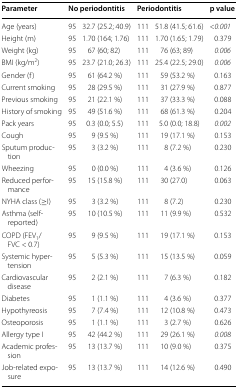
<table><thead><tr><td><b>Parameter</b></td><td colspan="2"><b>No periodontitis</b></td><td colspan="2"><b>Periodontitis</b></td><td><b>p value</b></td></tr></thead><tbody><tr><td>Age (years)</td><td>95</td><td>32.7 (25.2; 40.9)</td><td>111</td><td>51.8 (41.5; 61.6)</td><td>&lt;<i>0.001</i></td></tr><tr><td>Height (m)</td><td>95</td><td>1.70 (164; 1.76)</td><td>111</td><td>1.70 (1.65; 1.79)</td><td>0.379</td></tr><tr><td>Weight (kg)</td><td>95</td><td>67 (60; 82)</td><td>111</td><td>76 (63; 89)</td><td><i>0.006</i></td></tr><tr><td>BMI (kg/m<sup>2</sup>)</td><td>95</td><td>23.7 (21.0; 26.3)</td><td>111</td><td>25.4 (22.5; 29.0)</td><td><i>0.006</i></td></tr><tr><td>Gender (f)</td><td>95</td><td>61 (64.2 %)</td><td>111</td><td>59 (53.2 %)</td><td>0.163</td></tr><tr><td>Current smoking</td><td>95</td><td>28 (29.5 %)</td><td>111</td><td>31 (27.9 %)</td><td>0.877</td></tr><tr><td>Previous smoking</td><td>95</td><td>21 (22.1 %)</td><td>111</td><td>37 (33.3 %)</td><td>0.088</td></tr><tr><td>History of smoking</td><td>95</td><td>49 (51.6 %)</td><td>111</td><td>68 (61.3 %)</td><td>0.204</td></tr><tr><td>Pack years</td><td>95</td><td>0.3 (0.0; 5.5)</td><td>111</td><td>5.0 (0.0; 18.8)</td><td><i>0.002</i></td></tr><tr><td>Cough</td><td>95</td><td>9 (9.5 %)</td><td>111</td><td>19 (17.1 %)</td><td>0.153</td></tr><tr><td>Sputum production</td><td>95</td><td>3 (3.2 %)</td><td>111</td><td>8 (7.2 %)</td><td>0.230</td></tr><tr><td>Wheezing</td><td>95</td><td>0 (0.0 %)</td><td>111</td><td>4 (3.6 %)</td><td>0.126</td></tr><tr><td>Reduced performance</td><td>95</td><td>15 (15.8 %)</td><td>111</td><td>30 (27.0)</td><td>0.063</td></tr><tr><td>NYHA class (≥I)</td><td>95</td><td>3 (3.2 %)</td><td>111</td><td>8 (7.2)</td><td>0.230</td></tr><tr><td>Asthma (self-reported)</td><td>95</td><td>10 (10.5 %)</td><td>111</td><td>11 (9.9 %)</td><td>0.532</td></tr><tr><td>COPD (FEV<sub>1</sub>/FVC &lt; 0.7)</td><td>95</td><td>9 (9.5 %)</td><td>111</td><td>19 (17.1 %)</td><td>0.153</td></tr><tr><td>Systemic hypertension</td><td>95</td><td>5 (5.3 %)</td><td>111</td><td>15 (13.5 %)</td><td>0.059</td></tr><tr><td>Cardiovascular disease</td><td>95</td><td>2 (2.1 %)</td><td>111</td><td>7 (6.3 %)</td><td>0.182</td></tr><tr><td>Diabetes</td><td>95</td><td>1 (1.1 %)</td><td>111</td><td>4 (3.6 %)</td><td>0.377</td></tr><tr><td>Hypothyreosis</td><td>95</td><td>7 (7.4 %)</td><td>111</td><td>12 (10.8 %)</td><td>0.473</td></tr><tr><td>Osteoporosis</td><td>95</td><td>1 (1.1 %)</td><td>111</td><td>3 (2.7 %)</td><td>0.626</td></tr><tr><td>Allergy type I</td><td>95</td><td>42 (44.2 %)</td><td>111</td><td>29 (26.1 %)</td><td><i>0.008</i></td></tr><tr><td>Academic profession</td><td>95</td><td>13 (13.7 %)</td><td>111</td><td>10 (9.0 %)</td><td>0.375</td></tr><tr><td>Job-related exposure</td><td>95</td><td>13 (13.7 %)</td><td>111</td><td>14 (12.6 %)</td><td>0.490</td></tr></tbody></table>